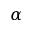
\alpha